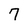
Character: 7